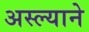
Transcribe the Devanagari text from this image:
अस्ल्याने